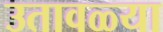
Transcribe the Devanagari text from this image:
उतावळ्या